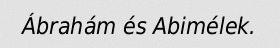
Ábrahám és Abimélek.